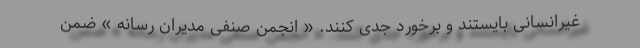
غیرانسانی بایستند و برخورد جدی کنند. « انجمن صنفی مدیران رسانه » ضمن